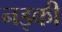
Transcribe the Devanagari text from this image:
नइकी